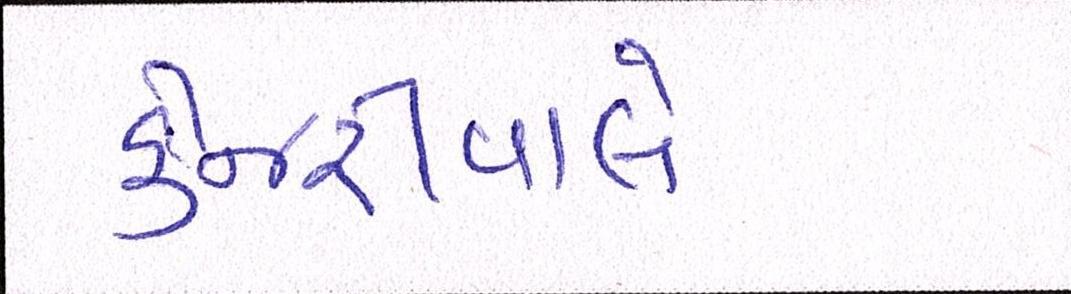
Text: કેજરીવાલે